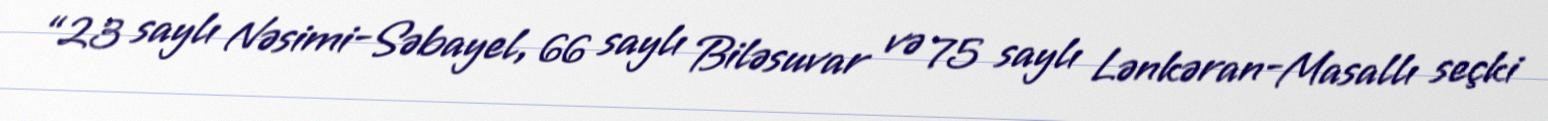
“23 saylı Nəsimi-Səbayel, 66 saylı Biləsuvar və 75 saylı Lənkəran-Masallı seçki